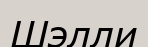
Шэлли